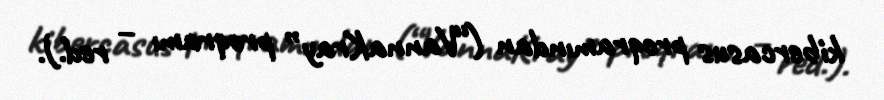
kibercasus proqramından (“VannaKray” proqramı – red.).